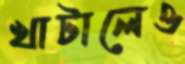
খাটালেও